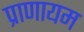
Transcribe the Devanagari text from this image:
प्राणायम